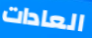
العادات